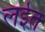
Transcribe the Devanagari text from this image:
लईत